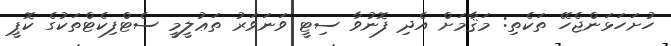
ހުށަހަޅަންޖެހޭ ތަކެތި: މަޤާމަށް އެދި ފޮނުވާ ސިޓީ ވަނަވަރު ތަޢުލީމީ ސެޓްފިކެޓްތަކުގެ ކޮޕީ